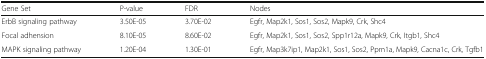
<table><thead><tr><td><b>Gene Set</b></td><td><b>P-value</b></td><td><b>FDR</b></td><td><b>Nodes</b></td></tr></thead><tbody><tr><td>ErbB signaling pathway</td><td>3.50E-05</td><td>3.70E-02</td><td>Egfr, Map2k1, Sos1, Sos2, Mapk9, Crk, Shc4</td></tr><tr><td>Focal adhension</td><td>8.10E-05</td><td>8.60E-02</td><td>Egfr, Map2k1, Sos1, Sos2, Spp1r12a, Mapk9, Crk, Itgb1, Shc4</td></tr><tr><td>MAPK signaling pathway</td><td>1.20E-04</td><td>1.30E-01</td><td>Egfr, Map3k7ip1, Map2k1, Sos1, Sos2, Ppm1a, Mapk9, Cacna1c, Crk, Tgfb1</td></tr></tbody></table>